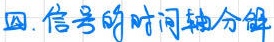
函. 信号的时间轴分解